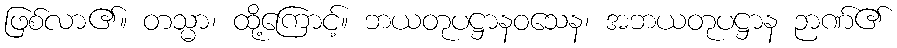
ဖြစ်လာ၏။ တသ္မာ၊ ထို့ကြောင့်။ ဘယတုပဋ္ဌာနဝသေန၊ အဘယတုပဋ္ဌာန ဉာဏ်၏